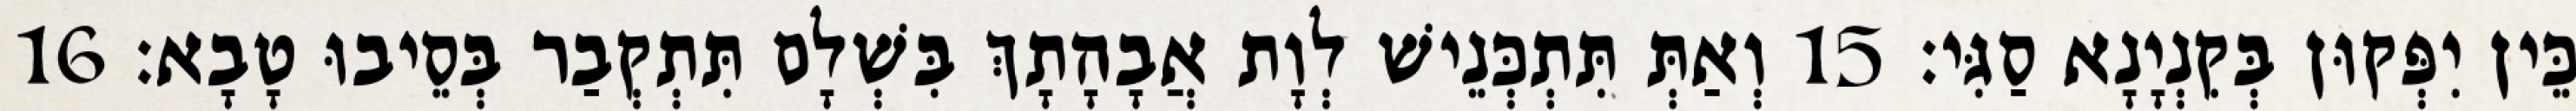
כֵּין יִפְּקוּן בְּקִנְיָנָא סַגִּי׃ 15 וְאַתְּ תִּתְכְּנֵישׁ לְוָת אֲבָהָתָךְ בִּשְׁלָם תִּתְקְבַר בְּסֵיבוּ טָבָא׃ 16